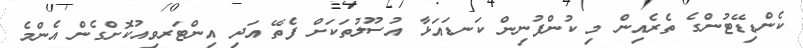
ކެންޑިޑޭޓުންގެ ތެރެއިން މި ކުންފުނިން ކަނޑައަޅާ އުސޫލުތަކަށް ފެތޭ އަދި އިންޓަރވިއުކޮށްގެން އެންމެ